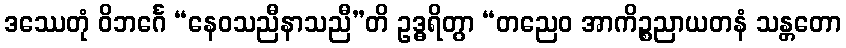
ဒဿေတုံ ဝိဘင်္ဂေ “နေဝသညီနာသညီ”တိ ဥဒ္ဓရိတွာ “တညေဝ အာကိဉ္စညာယတနံ သန္တတော